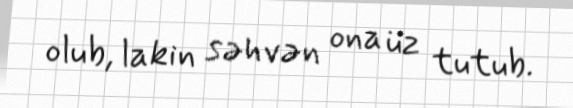
olub, lakin səhvən ona üz tutub.